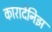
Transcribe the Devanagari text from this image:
कारादेनिझ